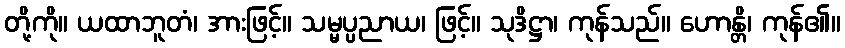
တို့ကို။ ယထာဘူတံ၊ အားဖြင့်။ သမ္မပ္ပညာယ၊ ဖြင့်။ သုဒိဋ္ဌာ၊ ကုန်သည်။ ဟောန္တိ၊ ကုန်၏။